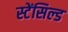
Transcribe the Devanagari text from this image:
स्टेंसिल्ड